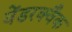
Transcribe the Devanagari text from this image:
वेंडरक्वैक